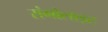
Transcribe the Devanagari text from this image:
रांगोलाइट